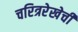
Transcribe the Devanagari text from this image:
चरित्ररेखेची